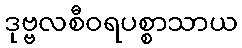
ဒုဗ္ဗလစီဝရပစ္စာသာယ